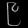
Digit: ၉